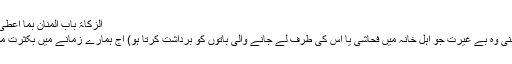
الزکاۃ باب المنان بما اعطیٰ 2563)
دیوث (یعنی وہ بے غیرت جو اہل خانہ میں فحاشی یا اس کی طرف لے جانے والی باتوں کو برداشت کرتا ہو) آج ہمارے زمانے میں بکثرت موجود ہیں۔